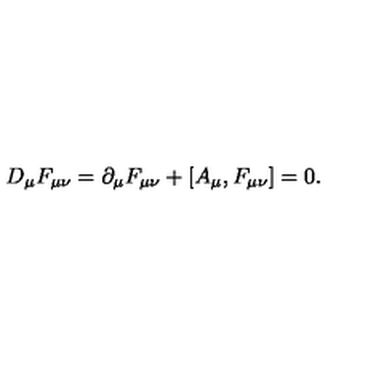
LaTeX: D _ { \mu } F _ { \mu \nu } = \partial _ { \mu } F _ { \mu \nu } + [ A _ { \mu } , F _ { \mu \nu } ] = 0 .